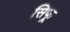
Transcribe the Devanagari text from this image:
सिफ्र्